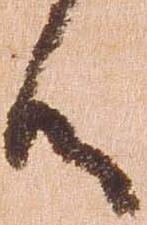
候